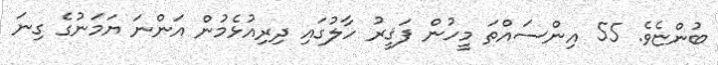
ބުންޏެވެ. 55 އިންސައްތަ މީހުން ފަޤީރު ހާލުގައި ދިރިއުޅެމުން އަންނަ ޔަމަނުގެ ގިނަ